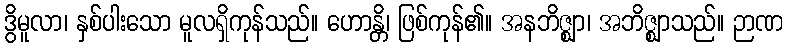
ဒွိမူလာ၊ နှစ်ပါးသော မူလရှိကုန်သည်။ ဟောန္တိ၊ ဖြစ်ကုန်၏။ အနဘိဇ္ဈာ၊ အဘိဇ္ဈာသည်။ ဉာဏ